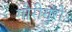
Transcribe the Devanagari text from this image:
गौरीगुरोः